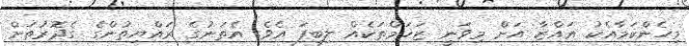
މިހެންކަމާއެކު ޣައްޒާ އަށް މިވަނީ ޒަޚަމްތަކެއް ލިބިފަ އެވެ. އެތަނުގެ ރައްޔިތުންގެ ގެދޮރުތަށް